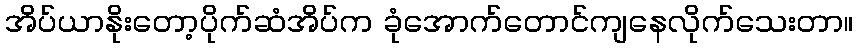
အိပ်ယာနိုးတော့ပိုက်ဆံအိပ်က ခုံအောက်တောင်ကျနေလိုက်သေးတာ။